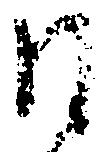
同